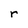
Character: r